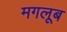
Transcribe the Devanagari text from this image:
मगलूब